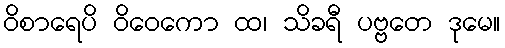
ဝိစာရေပိ ဝိဝေကော ထ၊ သိခရီ ပဗ္ဗတေ ဒုမေ။